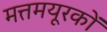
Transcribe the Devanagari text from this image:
मत्तमयूरकों